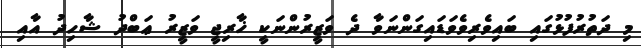
މި ދަތުރުފުޅުގައި ބައިވެރިވެވަޑައިގަންނަވާ ދެ ވަޒީރުންނަކީ ޚާރިޖީ ވަޒީރު ޢަބްދު ޝާހިދު އާއި